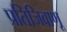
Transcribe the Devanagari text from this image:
प्रतिजिवाणू